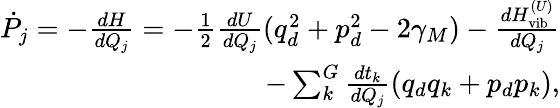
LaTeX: \begin{array}{r}{\dot{P}_{j}=-\frac{dH}{dQ_{j}}=-\frac{1}{2}\frac{dU}{dQ_{j}}(q_{d}^{2}+p_{d}^{2}-2\gamma_{M})-\frac{dH_{\textrm{vib}}^{(U)}}{dQ_{j}}}\\ {-\sum_{k}^{G}\frac{dt_{k}}{dQ_{j}}(q_{d}q_{k}+p_{d}p_{k}),}\end{array}